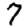
Digit: 7